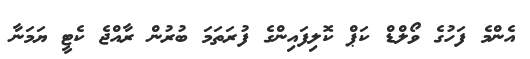
އެންމެ ފަހުގެ ވޯލްޑް ކަޕް ކޮލިފައިންގެ ފުރަތަމަ ބުރުން ރާއްޖެ ކެޓީ ޔަމަނާ